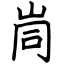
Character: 峝